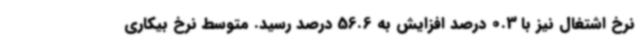
نرخ اشتغال نیز با 0.3 درصد افزایش به 56.6 درصد رسید. متوسط نرخ بیکاری